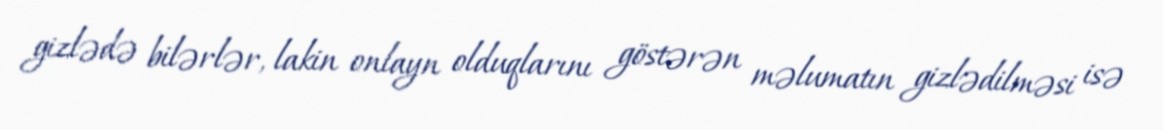
gizlədə bilərlər, lakin onlayn olduqlarını göstərən məlumatın gizlədilməsi isə